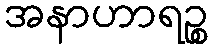
အနာဟာရဉ္စ